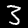
Label: 3